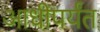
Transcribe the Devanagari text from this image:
आधीपर्यंत